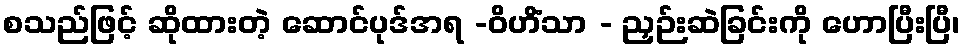
စသည်ဖြင့် ဆိုထားတဲ့ ဆောင်ပုဒ်အရ -ဝိဟိံသာ - ညှဉ်းဆဲခြင်းကို ဟောပြီးပြီ၊